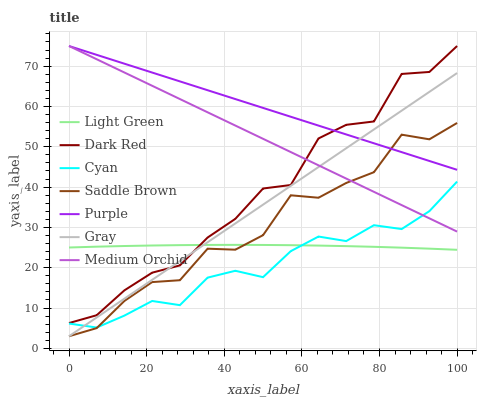
| xaxis_label | Light Green | Dark Red | Cyan | Saddle Brown | Purple | Gray | Medium Orchid |
 | --- | --- | --- | --- | --- | --- | --- | --- |
 | 0 | 25 | 6.27 | 6.15 | 3 | 75 | 3 | 75 |
 | 7.14 | 25.2 | 8.22 | 5.16 | 5.02 | 72.8 | 7.66 | 71.7 |
 | 14.3 | 25.4 | 14.4 | 8.13 | 11.8 | 70.6 | 12.3 | 68.4 |
 | 21.4 | 25.5 | 18.8 | 11.8 | 16.4 | 68.4 | 17 | 65.1 |
 | 28.6 | 25.6 | 20.6 | 10.7 | 16.9 | 66.2 | 21.7 | 61.8 |
 | 35.7 | 25.7 | 27.5 | 17.5 | 24.7 | 64 | 26.3 | 58.6 |
 | 42.9 | 25.7 | 32.1 | 19.2 | 24.5 | 61.8 | 31 | 55.3 |
 | 50 | 25.6 | 39.6 | 17.7 | 28.1 | 59.6 | 35.6 | 52 |
 | 57.1 | 25.6 | 40.5 | 24.1 | 38 | 57.5 | 40.3 | 48.7 |
 | 64.3 | 25.5 | 52.1 | 27.7 | 37.4 | 55.3 | 45 | 45.4 |
 | 71.4 | 25.4 | 55.4 | 26.6 | 41 | 53.1 | 49.6 | 42.1 |
 | 78.6 | 25.2 | 56.3 | 30.5 | 43.7 | 50.9 | 54.3 | 38.8 |
 | 85.7 | 25 | 68.1 | 29.6 | 53 | 48.7 | 59 | 35.5 |
 | 92.9 | 24.7 | 68.6 | 34 | 51.9 | 46.5 | 63.6 | 32.2 |
 | 100 | 24.4 | 75 | 41.4 | 55.9 | 44.3 | 68.3 | 29 |